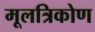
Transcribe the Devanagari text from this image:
मूलत्रिकोण